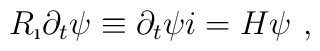
R_{\i} \partial_t \psi \equiv \partial_t \psi i = H \psi~,